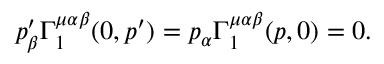
p _ { \beta } ^ { \prime } \Gamma _ { 1 } ^ { \mu \alpha \beta } ( 0 , p ^ { \prime } ) = p _ { \alpha } \Gamma _ { 1 } ^ { \mu \alpha \beta } ( p , 0 ) = 0 .